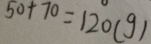
5 0 + 7 0 = 1 2 0 ( g )